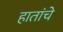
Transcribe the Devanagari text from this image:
हातांचे